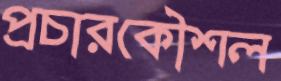
প্রচারকৌশল